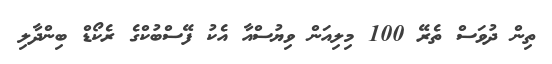
ތިން ދުވަސް ތެރޭ 100 މިލިއަން ވިޔުސްއާ އެކު ފޭސްބުކްގެ ރެކޯޑް ބިންދާލި